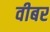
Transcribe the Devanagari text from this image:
वीबर